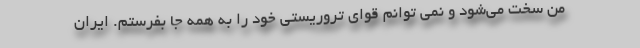
من سخت می‌شود و نمی توانم قوای تروریستی خود را به همه جا بفرستم. ایران